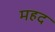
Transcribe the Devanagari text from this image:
महद